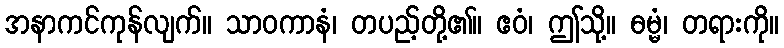
အနာကင်ကုန်လျက်။ သာဝကာနံ၊ တပည့်တို့၏။ ဧဝံ၊ ဤသို့။ ဓမ္မံ၊ တရားကို။